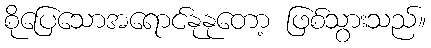
စိုပြေသောအရောင်နုနုတော့ ဖြစ်သွားသည်။